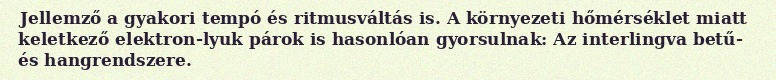
Jellemző a gyakori tempó és ritmusváltás is. A környezeti hőmérséklet miatt keletkező elektron-lyuk párok is hasonlóan gyorsulnak: Az interlingva betű- és hangrendszere.